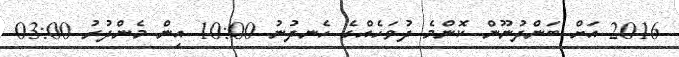
2016 އަށް ބަންދުނޫން ކޮންމެ ދުވަހެއްގެ ހެނދުނު 10:00 އިން މެންދުރު 03:00